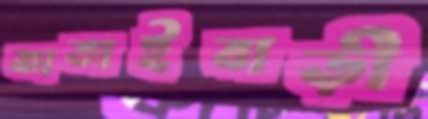
কাতাইবাড়ী